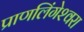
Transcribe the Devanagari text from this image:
प्राणलिंगेश्‍वरा